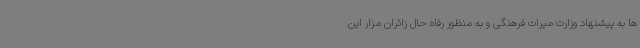
ها به پیشنهاد وزارت میراث فرهنگی و به منظور رفاه حال زائران مزار این